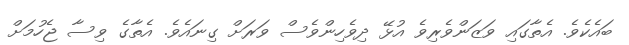
ބައެކެވެ. އެތާގައި ވަޒަންވެރިވެ އުޅޭ ދިވެހިންވެސް ވަރަށް ގިނައެވެ. އެތާގެ ވިސާ ޖެހުމަށް